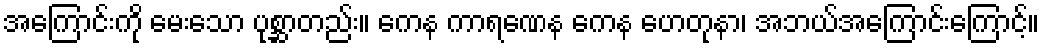
အကြောင်းကို မေးသော ပုစ္ဆာတည်း။ ကေန ကာရဏေန ကေန ဟေတုနာ၊ အဘယ်အကြောင်းကြောင့်။